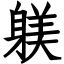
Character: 躾